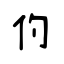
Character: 仢